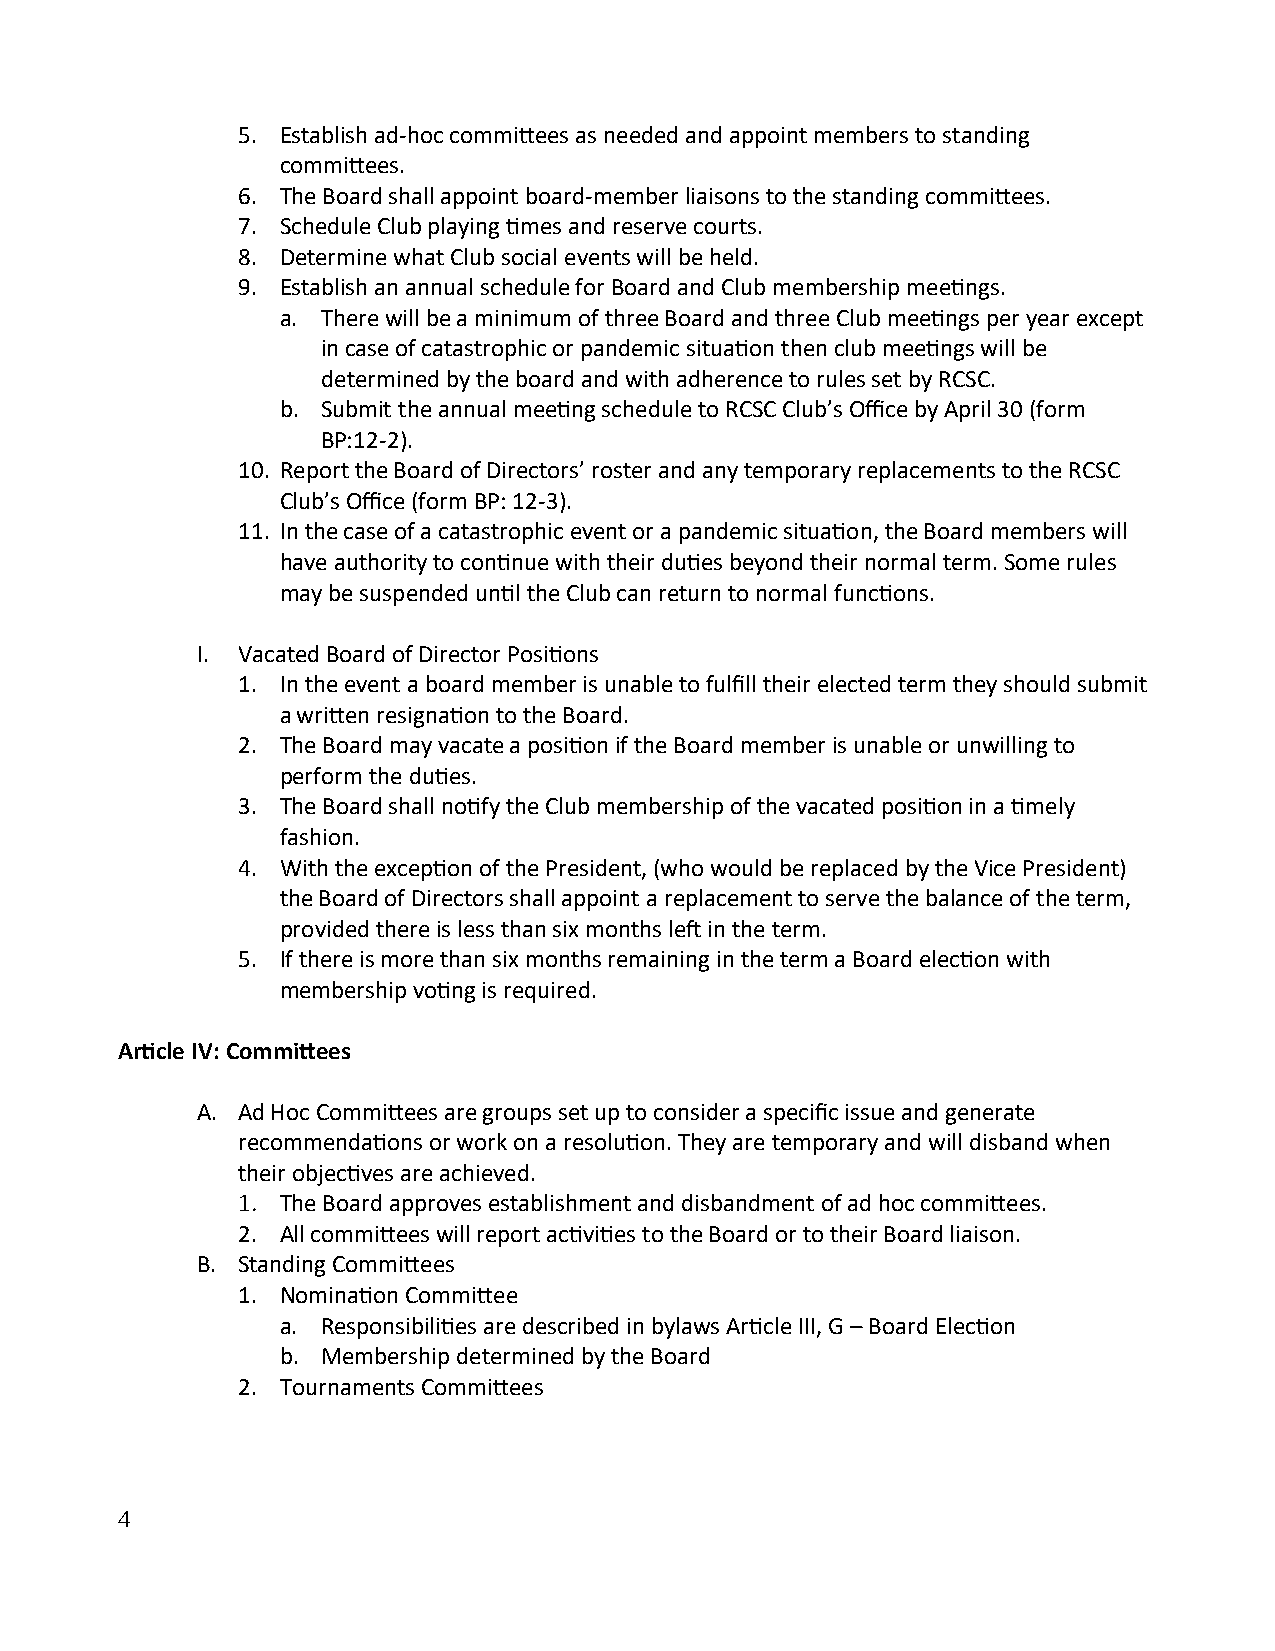
5. Establish ad-hoc committees as needed and appoint members to standing
 committees.
 6. The Board shall appoint board-member liaisons to the standing committees.
 7. Schedule Club playing times and reserve courts.
 8. Determine what Club social events will be held.
 9. Establish an annual schedule for Board and Club membership meetings.
 a. There will be a minimum of three Board and three Club meetings per year except
 in case of catastrophic or pandemic situation then club meetings will be
 determined by the board and with adherence to rules set by RCSC.
 b. Submit the annual meeting schedule to RCSC Club’s Office by April 30 (form
 BP:12-2).
 10. Report the Board of Directors’ roster and any temporary replacements to the RCSC
 Club’s Office (form BP: 12-3).
 11. In the case of a catastrophic event or a pandemic situation, the Board members will
 have authority to continue with their duties beyond their normal term. Some rules
 may be suspended until the Club can return to normal functions.
 I. Vacated Board of Director Positions
 1. In the event a board member is unable to fulfill their elected term they should submit
 a written resignation to the Board.
 2. The Board may vacate a position if the Board member is unable or unwilling to
 perform the duties.
 3. The Board shall notify the Club membership of the vacated position in a timely
 fashion.
 4. With the exception of the President, (who would be replaced by the Vice President)
 the Board of Directors shall appoint a replacement to serve the balance of the term,
 provided there is less than six months left in the term.
 5. If there is more than six months remaining in the term a Board election with
 membership voting is required.
 Article IV: Committees
 A. Ad Hoc Committees are groups set up to consider a specific issue and generate
 recommendations or work on a resolution. They are temporary and will disband when
 their objectives are achieved.
 1. The Board approves establishment and disbandment of ad hoc committees.
 2. All committees will report activities to the Board or to their Board liaison.
 B. Standing Committees
 1. Nomination Committee
 a. Responsibilities are described in bylaws Article III, G – Board Election
 b. Membership determined by the Board
 2. Tournaments Committees
 4